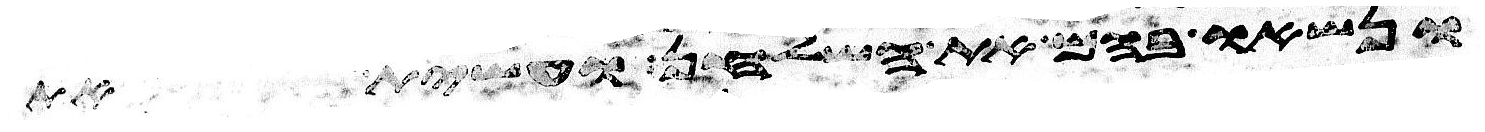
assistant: ונשאו בהם את השלחן ועשית את